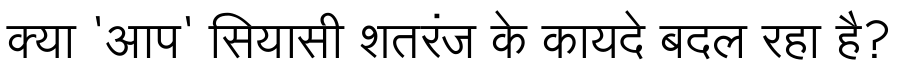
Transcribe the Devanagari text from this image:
क्या 'आप' सियासी शतरंज के कायदे बदल रहा है?